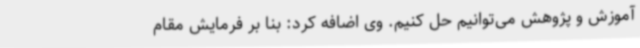
آموزش و پژوهش می‌توانیم حل کنیم. وی اضافه کرد: بنا بر فرمایش مقام